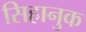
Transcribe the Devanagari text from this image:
सिहानुक